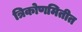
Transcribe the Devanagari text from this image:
त्रिकोणमितीत